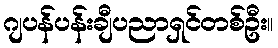
ဂျပန်ပန်းချီပညာရှင်တစ်ဦး။